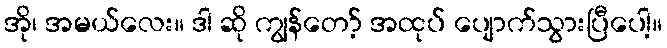
အို၊ အမယ်လေး။ ဒါ ဆို ကျွန်တော့် အထုပ် ပျောက်သွားပြီပေါ့။